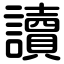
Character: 讀